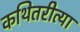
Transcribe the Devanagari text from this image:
कथितरीत्या